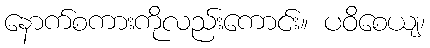
နောက်စကားကိုလည်းကောင်း။ ပဝိစေယျ၊